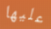
عليها